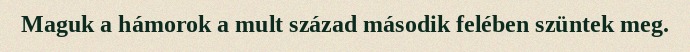
Maguk a hámorok a mult század második felében szüntek meg.